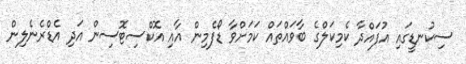
ސިކުނޑީގައި އުފައްދާ ކެމިކަލްގެ ބާވައްތައް ކަމަށްވާ ޑޯފެމިން އާއި އޮކްސިޓޮސިން އަދި އެޑްރެނެލިން